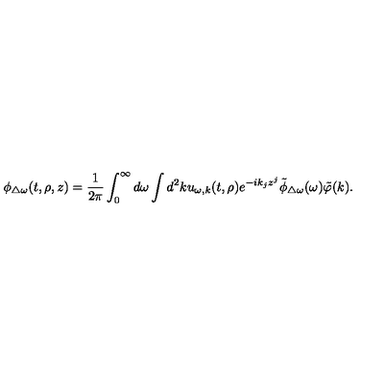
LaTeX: \phi _ { \triangle \omega } ( t , \rho , z ) = { \frac { 1 } { 2 \pi } } \int _ { 0 } ^ { \infty } d \omega \int d ^ { 2 } k u _ { \omega , k } ( t , \rho ) e ^ { - i k _ { j } z ^ { j } } \tilde { \phi } _ { \triangle \omega } ( \omega ) \tilde { \varphi } ( k ) .